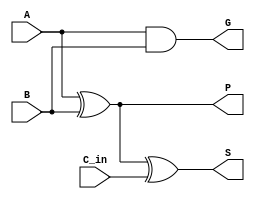
module cla_cell (
    input A,
    input B,
    input C_in,
    output S,
    output G, // Generate signal
    output P  // Propagate signal
);
    // Generate and Propagate logic
    assign G = A & B;       // Generate
    assign P = A ^ B;       // Propagate
    // Sum calculation using carry-in
    assign S = P ^ C_in;    // Sum
endmodule